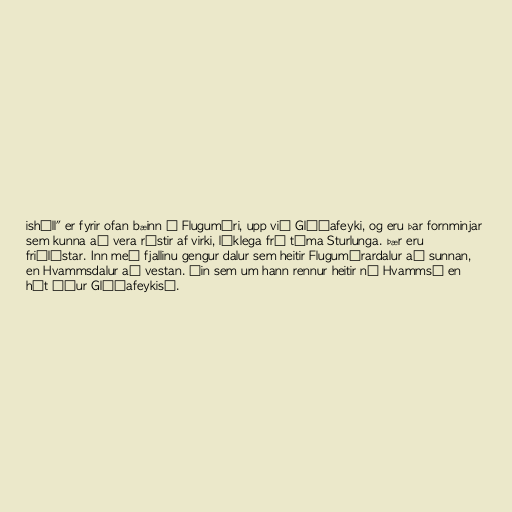
ishóll" er fyrir ofan bæinn á Flugumýri, upp við Glóðafeyki, og eru þar fornminjar
sem kunna að vera rústir af virki, líklega frá tíma Sturlunga. Þær eru
friðlýstar. Inn með fjallinu gengur dalur sem heitir Flugumýrardalur að sunnan,
en Hvammsdalur að vestan. Áin sem um hann rennur heitir nú Hvammsá en
hét áður Glóðafeykisá.